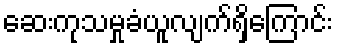
ဆေးကုသမှုခံယူလျက်ရှိကြောင်း